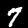
Digit: 7